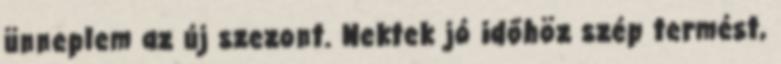
ünneplem az új szezont. Nektek jó időhöz szép termést,